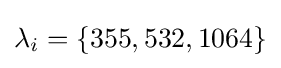
\lambda _{i}=\{355,532,1064\}